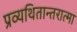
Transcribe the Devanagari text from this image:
प्रव्यथितान्तरात्मा